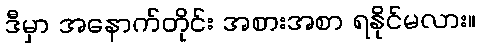
ဒီမှာ အနောက်တိုင်း အစားအစာ ရနိုင်မလား။